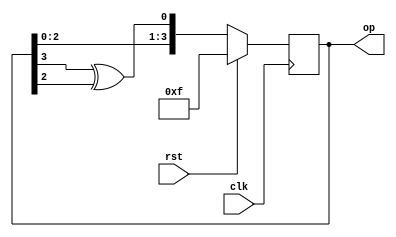
`timescale 1ns / 1ps


module lfsr_4(clk,rst,op);
input clk, rst;
output [3:0]op;
reg [3:0] data;
always @(posedge clk) begin
if (rst)
data <= 4'hf; 
else
data <= {data[2:0],(data[3]^data[2])};
end
assign op = data;

endmodule